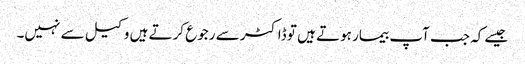
جیسے کہ جب آپ بیمار ہوتے ہیں تو ڈاکٹر سے رجوع کرتے ہیں وکیل سے نہیں۔